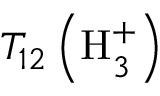
T _ { 1 2 } \left( \mathrm { H } _ { 3 } ^ { + } \right)